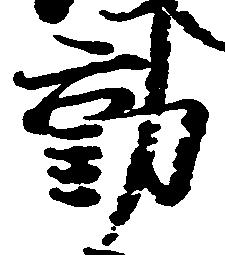
動